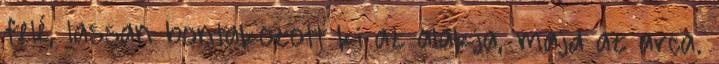
felé, lassan bontakozott ki az alakja, majd az arca.